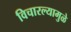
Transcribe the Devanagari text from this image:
विचारल्यामुळे